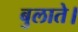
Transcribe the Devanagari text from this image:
बुलाते।